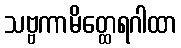
သဗ္ဗကာမိတ္ထေရဂါထာ